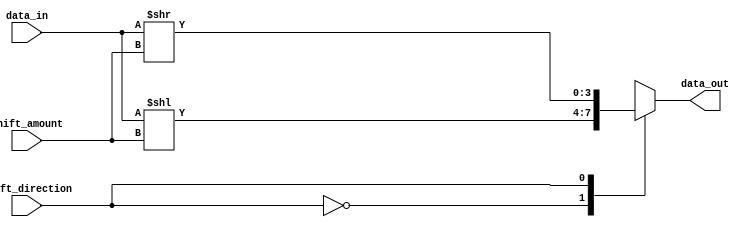
module barrel_shifter (
    input wire [3:0] data_in,            // 4-bit input data
    input wire [1:0] shift_amount,       // 2-bit shift amount
    input wire shift_direction,          // Shift direction (0 for left, 1 for right)
    output reg [3:0] data_out            // 4-bit shifted output data
);

always @ (*) begin
    case (shift_direction)
        2'b00: data_out = data_in << shift_amount;    // Left shift
        2'b01: data_out = data_in >> shift_amount;    // Right shift
        default: data_out = 4'b0000;                  // Default to all zeros
    endcase
end

endmodule